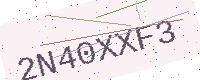
Text: 2N40XXF3